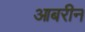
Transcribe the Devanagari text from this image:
आबरीन